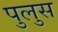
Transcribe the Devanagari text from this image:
पुलुस